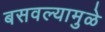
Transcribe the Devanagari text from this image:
बसवल्यामुळे